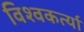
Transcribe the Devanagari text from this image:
विश्वकर्त्या